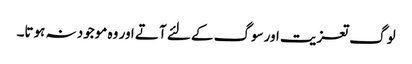
لوگ تعزیت اورسوگ کے لئے آتے اور وہ موجود نہ ہوتا۔